Document type: Sale
Year: 1323
Scribe: Guillem Coscoll
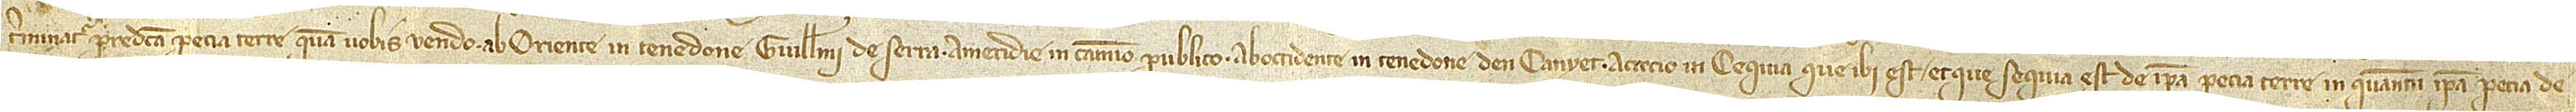
terminatur predicta pecia terre quam vobis vendo ab oriente in tenedone Guillelmi de Serra; a meridie in camino publico; ab occidente in tenedone d’en Canyet; a circio in cequia que ibi est, et que sequia est de ipsa pecia terre in quantum ipsa pecia de